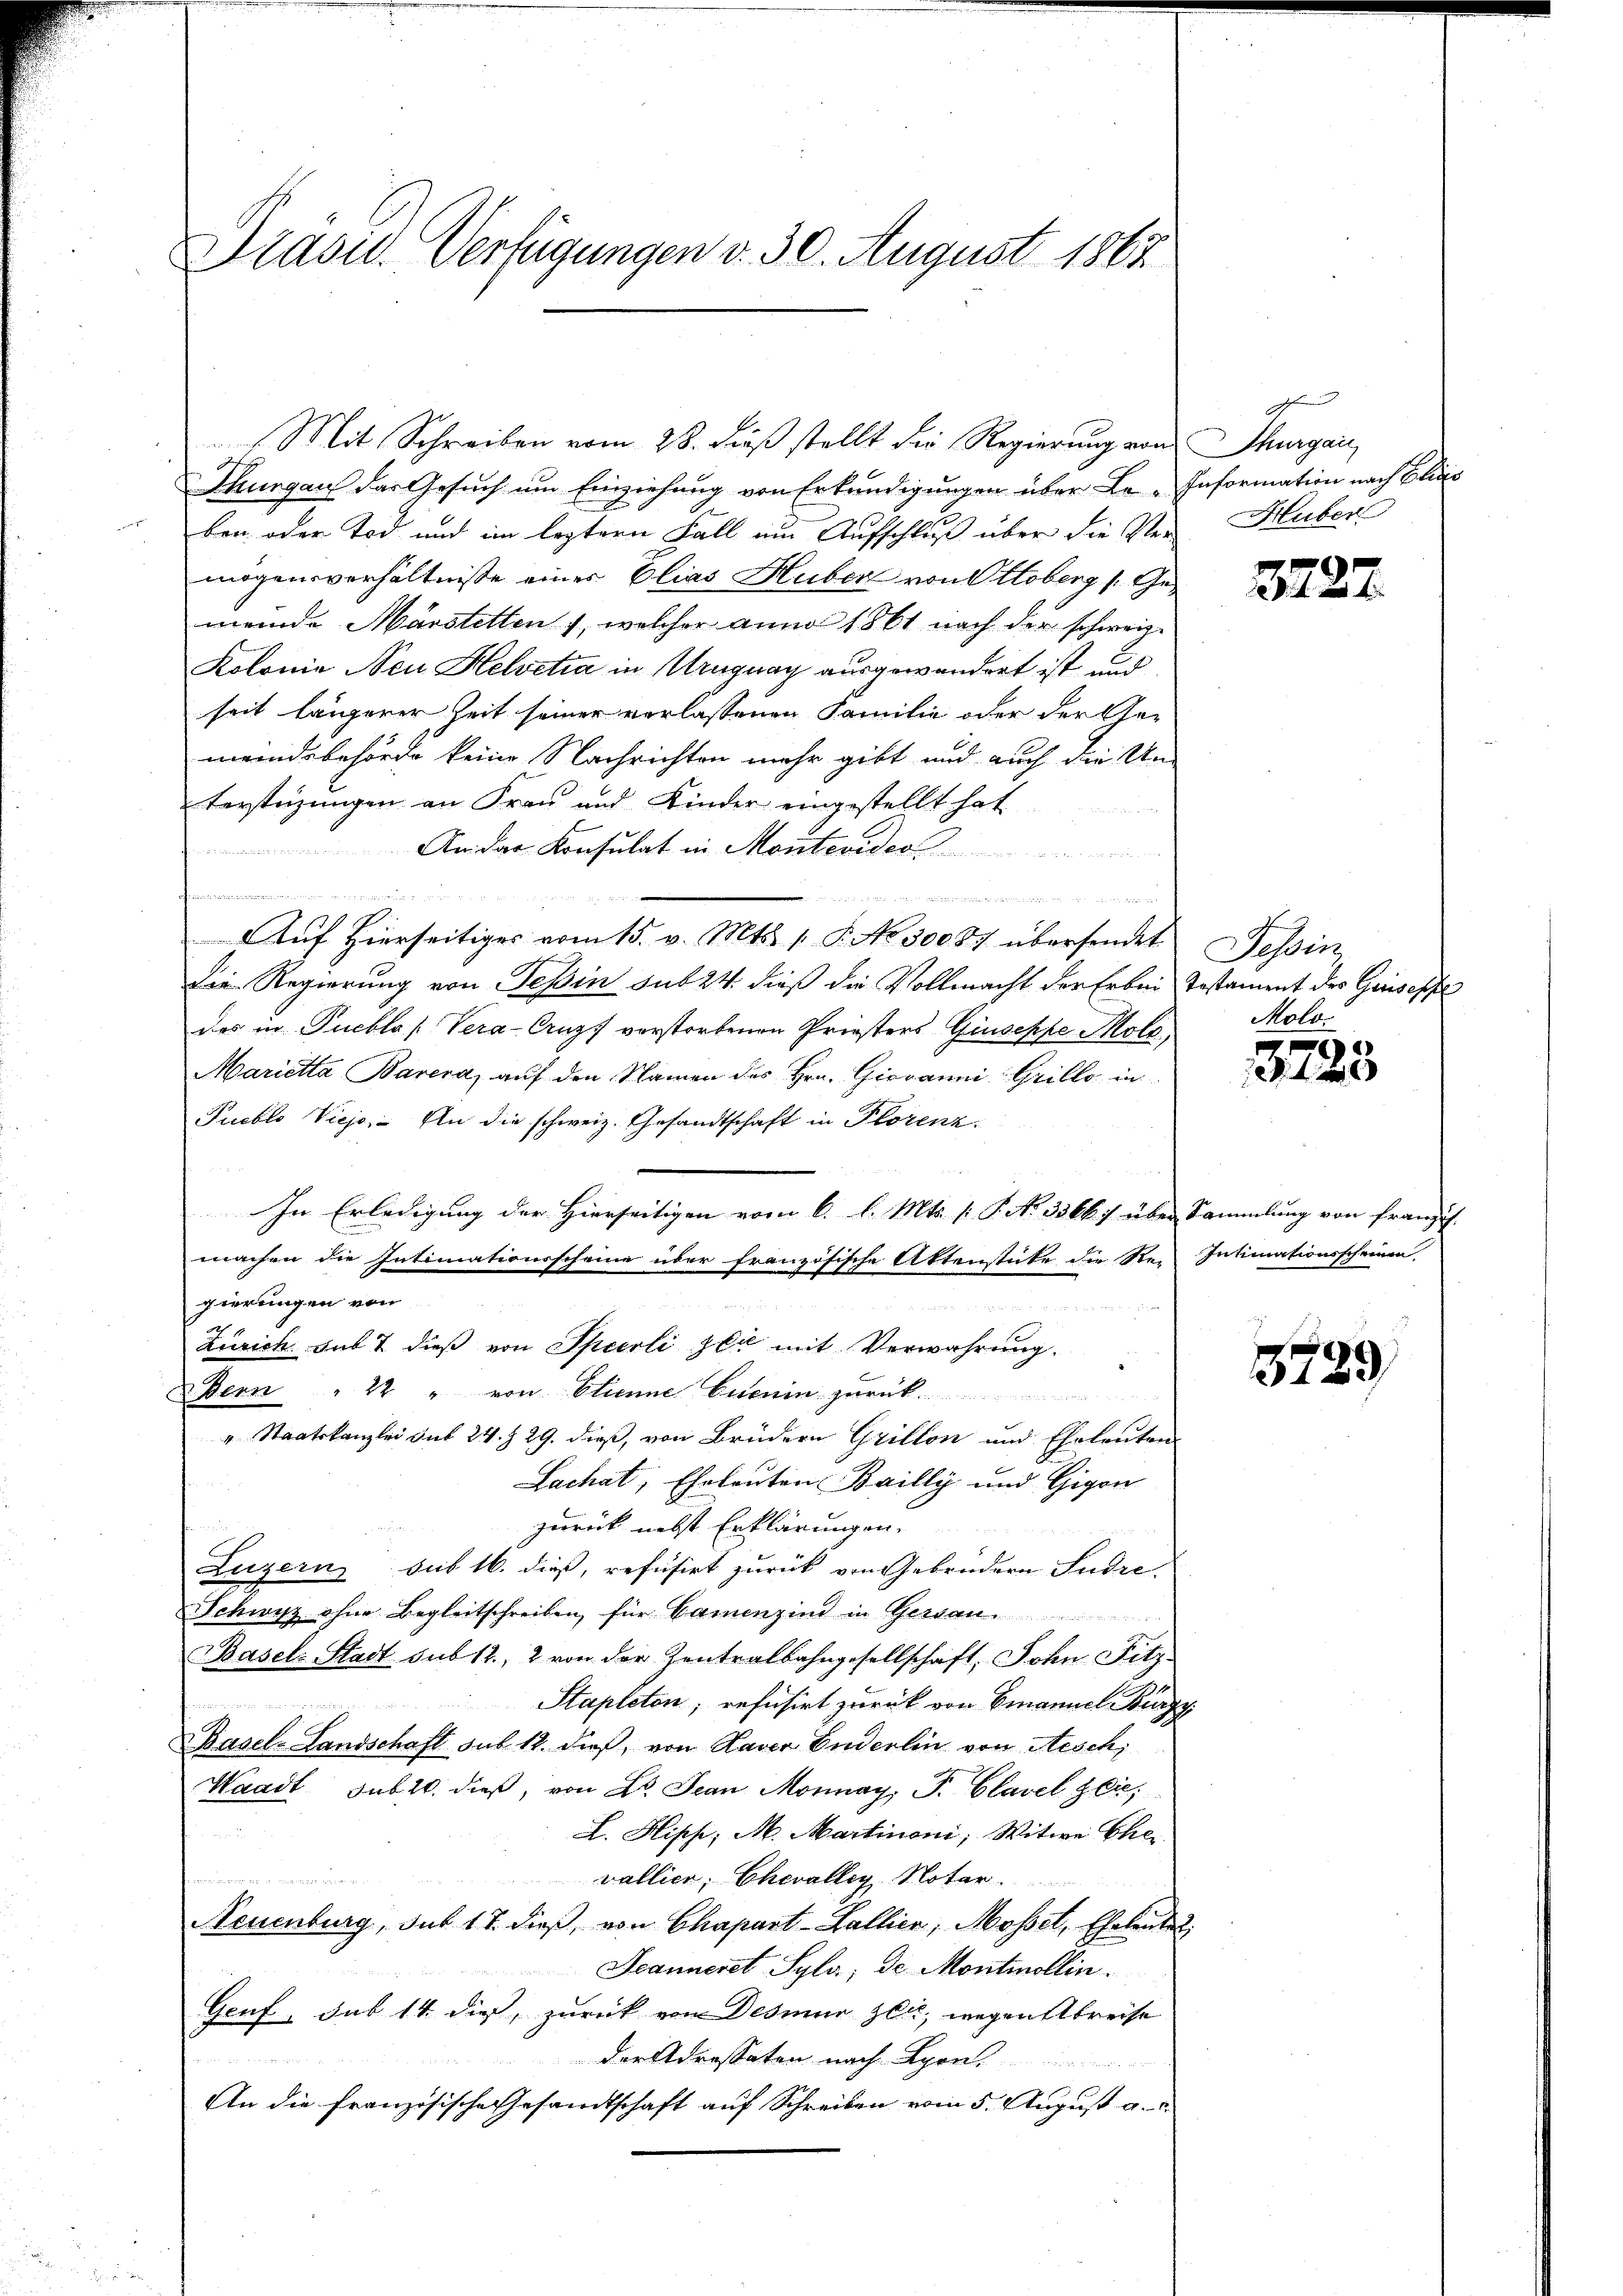
Prasil. Verfügungen d. 30. August 1867

2
Thurgau das Gesuch um Einziehung von Erkundigungen über Le-Information nach Glie
ben oder Tod und im leztern Fall um Aufschluß über die Ver-Huber
mögensverhältnisse einer Elias Huber von Ottoberg s. Gemeinde Marstetten, welcher anno 1861 nach der schweiz.
Kolonie Neu Helvetia in Uruguay ausgewandert ist und
seit längerer Zeit seiner verlassenen Familie oder der Gemeindsbehörde keine Nachrichten mehr gibt und auch die Un-
terstüzungen an Frau und Kinder eingestellt hat

An das Konsulat in Montevider
t und der der

Auf Hierseitiges vom 15. v. Mts. 1. P. No 30087 übersendet
Die Regierung von Tessin sub 24. dieß die Vollmacht der Erbei Testament der Geisepfe
das in Pueblo [Vera-Crugs vorstorbenen Priesters Giuseppe, Mold
Marietta Barera, auf den Namen des Hrn. Giovanni Grillo in
Pueblo Vieja. An die schweiz. Gesandtschaft in Plorenz.
In Erledigung der Hierseitigen vom 6. l. Mts. (T. No 3364. 7 über Sammlung von franzis
machen die Intimationsscheine über französische Aktenstücke die Rei Intimationsscheinen.
gierungen von
Zürich sub 7 dieß von Specrli zeit mit Verwahrung.
Denn " 22 " von Etienne Euenin zurück
" Staatskanzlei Sub 24 § 29. dieß, von Brüdern Grillon und Eheleuten
Lachat, Eheleuten Bailly und Gigon
zurück nebst Erklärungen.
Luzern sub 16. dieß, refusirt zurück von Gebrüdern Sudre
Schwyz ohne Begleitschreiben, für Camenzind in Gersan
Basel-Stadt sub 12, 2 von der Zentralbahngesellschaft, John Fitz-
Stapleton, refusirt zurück von Emanuel Brugg
Basel-Landschaft sub. 12. dieß, von Haver Enderlin von Aesch
Waadt sub 10. dieß, von Dr. Jean Monnay, P. Clavel sei,
L. Hipp, M. Martineni, Witwe Ehe
u
vallier, Chevallen Notar

Neuenburg, das 17. dieß, von Chapart-Zallica, Mossel, Eheleutet:
Seanneret Syla, de Montinollin.
Genf, sub 14 dies, zurück von Des nur zeit, wegen Abreise
n
d
derdrossaten nach Lyon,
An die französische Gesandtschaft auf Schreiben vom 5. August a.

Mit Schreiben vom 28. Fuß stellt die Regierung von Thurgau

Sch

3727

Tessin
Molo.

3723

3789